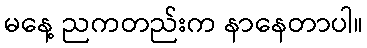
မနေ့ ညကတည်းက နာနေတာပါ။